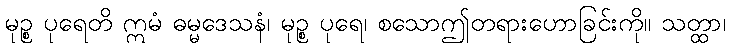
မုဉ္စ ပုရေတိ ဣမံ ဓမ္မဒေသနံ၊ မုဉ္စ ပုရေ၊ စသောဤတရားဟောခြင်းကို။ သတ္ထာ၊